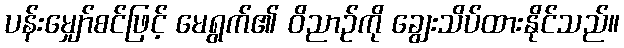
ပန်းမျှော်စင်ဖြင့် မေရွက်၏ ဝိညာဉ်ကို ချွေးသိပ်ထားနိုင်သည်။